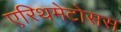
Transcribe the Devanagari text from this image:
एरिथमेटोसस